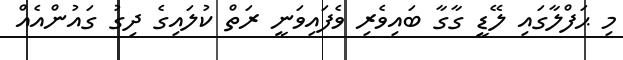
މި ޙަފްލާގައި ލޭޑީ ގާގާ ބައިވެރި ވެފައިވަނީ ރަތް ކުލައިގެ ދިގު ގައުންއެއް